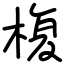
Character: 椱